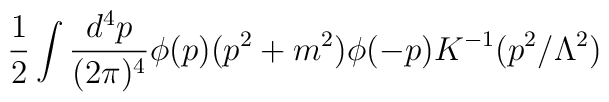
{1\over 2}\int {d^4p\over (2\pi)^4}\phi(p)(p^2+m^2)\phi(-p)K^{-1}(p^2/\Lambda^2)